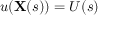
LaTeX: u ( \mathbf { X } ( s ) ) = U ( s )